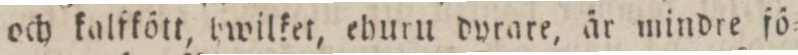
och kalfkött, hwilket, ehuru dyrare, är mindre fö=